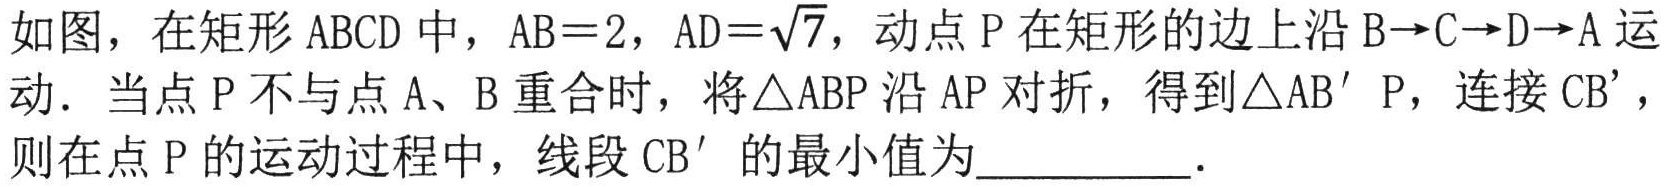
如图，在矩形 \(ABCD\) 中，\(AB = 2\)，\(AD=\sqrt{7}\)，动点 \(P\) 在矩形的边上沿 \(B\rightarrow C\rightarrow D\rightarrow A\) 运动．当点 \(P\) 不与点 \(A\)、\(B\) 重合时，将\(\triangle ABP\) 沿 \(AP\) 对折，得到\(\triangle AB^{\prime}P\)，连接 \(CB^{\prime}\)，则在点 \(P\) 的运动过程中，线段 \(CB^{\prime}\) 的最小值为__________．